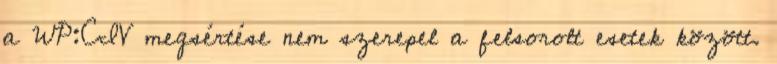
a WP:CIV megsértése nem szerepel a felsorolt esetek között.